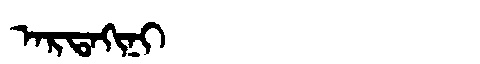
Manchu: ᠠᡵᡨᠠᡴᡳᠨᡳ
Romanization: ARTAKINI